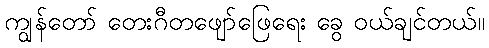
ကျွန်တော် တေးဂီတဖျော်ဖြေရေး ခွေ ဝယ်ချင်တယ်။